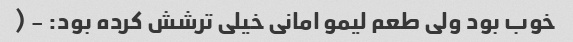
خوب بود ولی طعم لیمو امانی خیلی ترشش کرده بود: - (